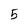
Character: 5